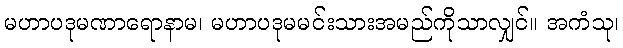
မဟာပဒုမဏာရောနာမ၊ မဟာပဒုမမင်းသားအမည်ကိုသာလျှင်။ အကံသု၊